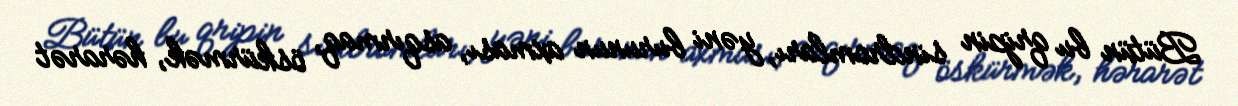
Bütün bu qripin sindromları, yəni burunun axması, asqırmaq, öskürmək, hərarət